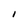
Character: I